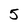
Character: 5